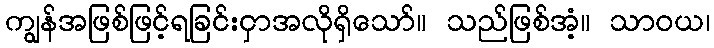
ကျွန်အဖြစ်ဖြင့်ရခြင်းငှာအလိုရှိသော်။ သည်ဖြစ်အံ့။ သာဝယ၊